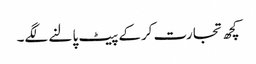
کچھ تجارت کرکے پیٹ پالنے لگے۔